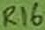
Text: R16